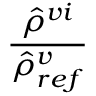
\frac { \hat { \rho } ^ { v i } } { \hat { \rho } _ { r e f } ^ { v } }